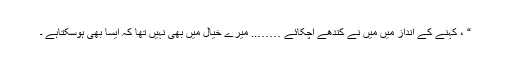
“ ، کہنے کے انداز میں میں نے کندھے اچکائے …….. میرے خیال میں بھی نہیں تھا کہ ایسا بھی ہوسکتاہے ۔